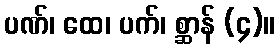
ပဏ်၊ ထေ၊ ပက်၊ စ္ဆာန် (၄)။